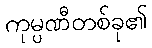
ကုမ္ပဏီတစ်ခု၏